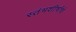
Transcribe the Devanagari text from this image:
स्तंभशीर्षांचे